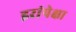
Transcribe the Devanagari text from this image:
इरांपेक्षा